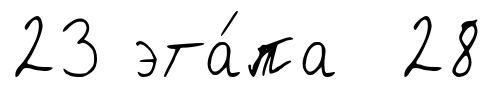
23 эта́па 28